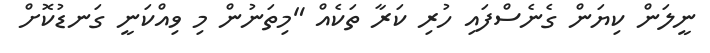
ނީލަން ކިޔަން ގެނެސްފައި ހުރި ކަރާ ތަކެއް "މިތަނުން މި ވިއްކަނީ ގަނޑުކޮށް